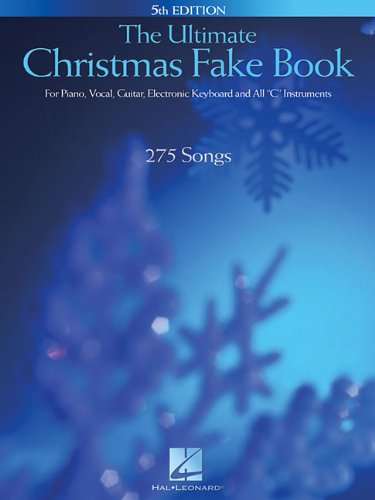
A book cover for The Ultimate Christmas Fake Book: for Piano, Vocal, Guitar, Electronic Keyboard & All "C" Instruments (Fake Books); Christian Books & Bibles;